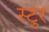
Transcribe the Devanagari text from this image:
स्टुर